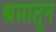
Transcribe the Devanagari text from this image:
श्रमातून